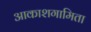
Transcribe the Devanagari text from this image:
आकाशगामिता